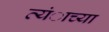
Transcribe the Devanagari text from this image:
त्यंाच्या